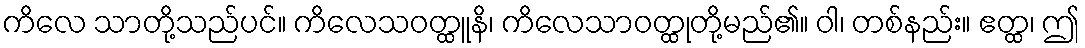
ကိလေ သာတို့သည်ပင်။ ကိလေသဝတ္ထူနိ၊ ကိလေသာဝတ္ထုတို့မည်၏။ ဝါ၊ တစ်နည်း။ ဧတ္ထ၊ ဤ